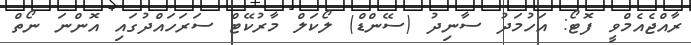
ރާއްޖެއެމްވީ ފޮޓޯ: އަހުމަދު ސާނިދު (ސޭންޑް) ލޯކަލް މާރުކޭޓް ސަރަހައްދުގައި އޮންނަ ނޯތް